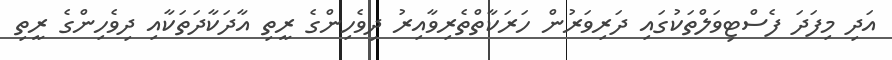
އަދި މިފަދަ ފެސްޓިވަލްތަކުގައި ދަރިވަރުން ހަރަކާތްތެރިވާއިރު ދިވެހިންގެ ރީތި އާދަކާދަތަކާއި ދިވެހިންގެ ރީތި